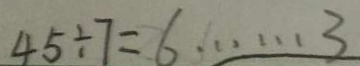
4 5 \div 7 = 6 \cdots 3